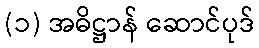
(၁) အဓိဋ္ဌာန် ဆောင်ပုဒ်